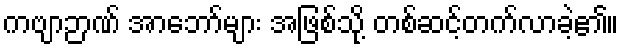
ကဗျာဉာဏ် အာဘော်များ အဖြစ်သို့ တစ်ဆင့်တက်လာခဲ့၏။